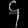
Digit: ၄